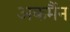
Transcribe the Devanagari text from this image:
अकर्मैन